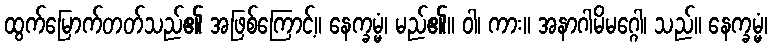
ထွက်မြောက်တတ်သည်၏ အဖြစ်ကြောင့်။ နေက္ခမ္မံ၊ မည်၏။ ဝါ၊ ကား။ အနာဂါမိမဂ္ဂေါ၊ သည်။ နေက္ခမ္မံ၊